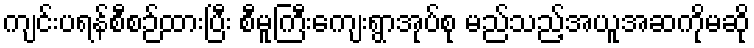
ကျင်းပရန်စီစဉ်ထားပြီး စီမူကြီးကျေးရွာအုပ်စု မည်သည့်အယူအဆကိုမဆို